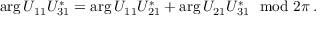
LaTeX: \arg U _ { 1 1 } U _ { 3 1 } ^ { * } = \arg U _ { 1 1 } U _ { 2 1 } ^ { * } + \arg U _ { 2 1 } U _ { 3 1 } ^ { * } ~ ~ \mathrm { m o d } ~ 2 \pi \, .